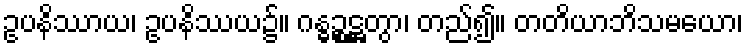
ဥပနိဿာယ၊ ဥပနိဿယ၌။ ဂန္ဓဉ္စဋ္ဌတွာ၊ တည်၍။ တတိယာဘိသမယော၊